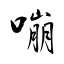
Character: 嘣